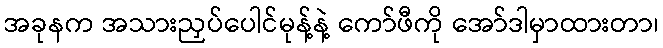
အခုနက အသားညှပ်ပေါင်မုန့်နဲ့ ကော်ဖီကို အော်ဒါမှာထားတာ၊